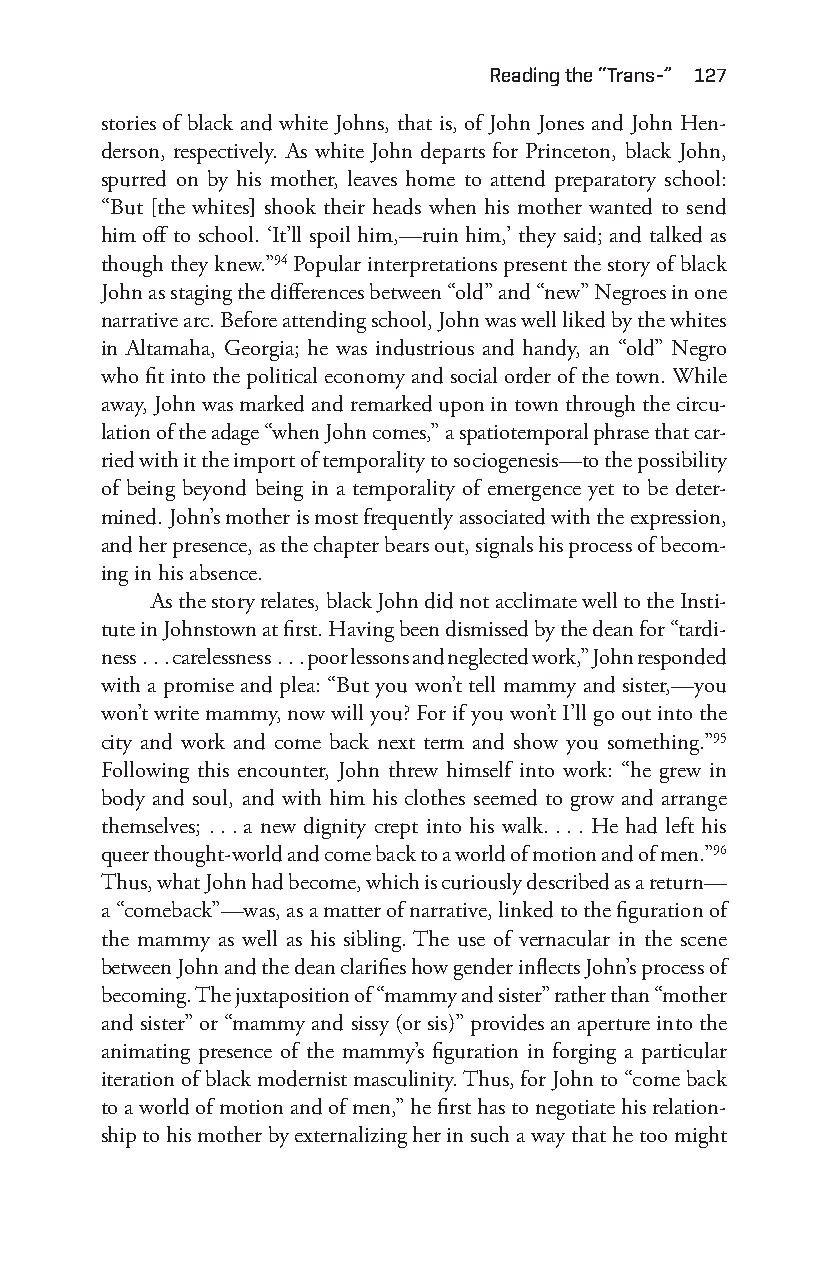
reading the “trans-” 127
 stories of black and white Johns, that is, of John Jones and John Hen-
 derson, respectively. As white John departs for Princeton, black John,
 spurred on by his mother, leaves home to attend preparatory school:
 “But [the whites] shook their heads when his mother wanted to send
 him off to school. ‘It’ll spoil him,— ruin him,’ they said; and talked as
 though they knew.”94 Popular interpretations present the story of black
 John as staging the differences between “old” and “new” Negroes in one
 narrative arc. Before attending school, John was well liked by the whites
 in Altamaha, Georgia; he was industrious and handy, an “old” Negro
 who fit into the political economy and social order of the town. While
 away, John was marked and remarked upon in town through the circu-
 lation of the adage “when John comes,” a spatiotemporal phrase that car-
 ried with it the import of temporality to sociogenesis—t o the possibility
 of being beyond being in a temporality of emergence yet to be deter-
 mined. John’s mother is most frequently associated with the expression,
 and her presence, as the chapter bears out, signals his process of becom-
 ing in his absence.
 As the story relates, black John did not acclimate well to the Insti-
 tute in Johnstown at first. Having been dismissed by the dean for “tardi-
 ness . . . carelessness . . . poor lessons and neglected work,” John responded
 with a promise and plea: “But you won’t tell mammy and sister,—y ou
 won’t write mammy, now will you? For if you won’t I’ll go out into the
 city and work and come back next term and show you something.”95
 Following this encounter, John threw himself into work: “he grew in
 body and soul, and with him his clothes seemed to grow and arrange
 themselves; . . . a new dignity crept into his walk. . . . He had left his
 queer thought- world and come back to a world of motion and of men.”96
 Thus, what John had become, which is curiously described as a return—
 a “comeback”— was, as a matter of narrative, linked to the figuration of
 the mammy as well as his sibling. The use of vernacular in the scene
 between John and the dean clarifies how gender inflects John’s process of
 becoming. The juxtaposition of “mammy and sister” rather than “mother
 and sister” or “mammy and sissy (or sis)” provides an aperture into the
 animating presence of the mammy’s figuration in forging a particular
 iteration of black modernist masculinity. Thus, for John to “come back
 to a world of motion and of men,” he first has to negotiate his relation-
 ship to his mother by externalizing her in such a way that he too might
 Snorton.indd 127                            29/09/2017 8:41:05 AM